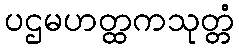
ပဌမဟတ္ထကသုတ္တံ